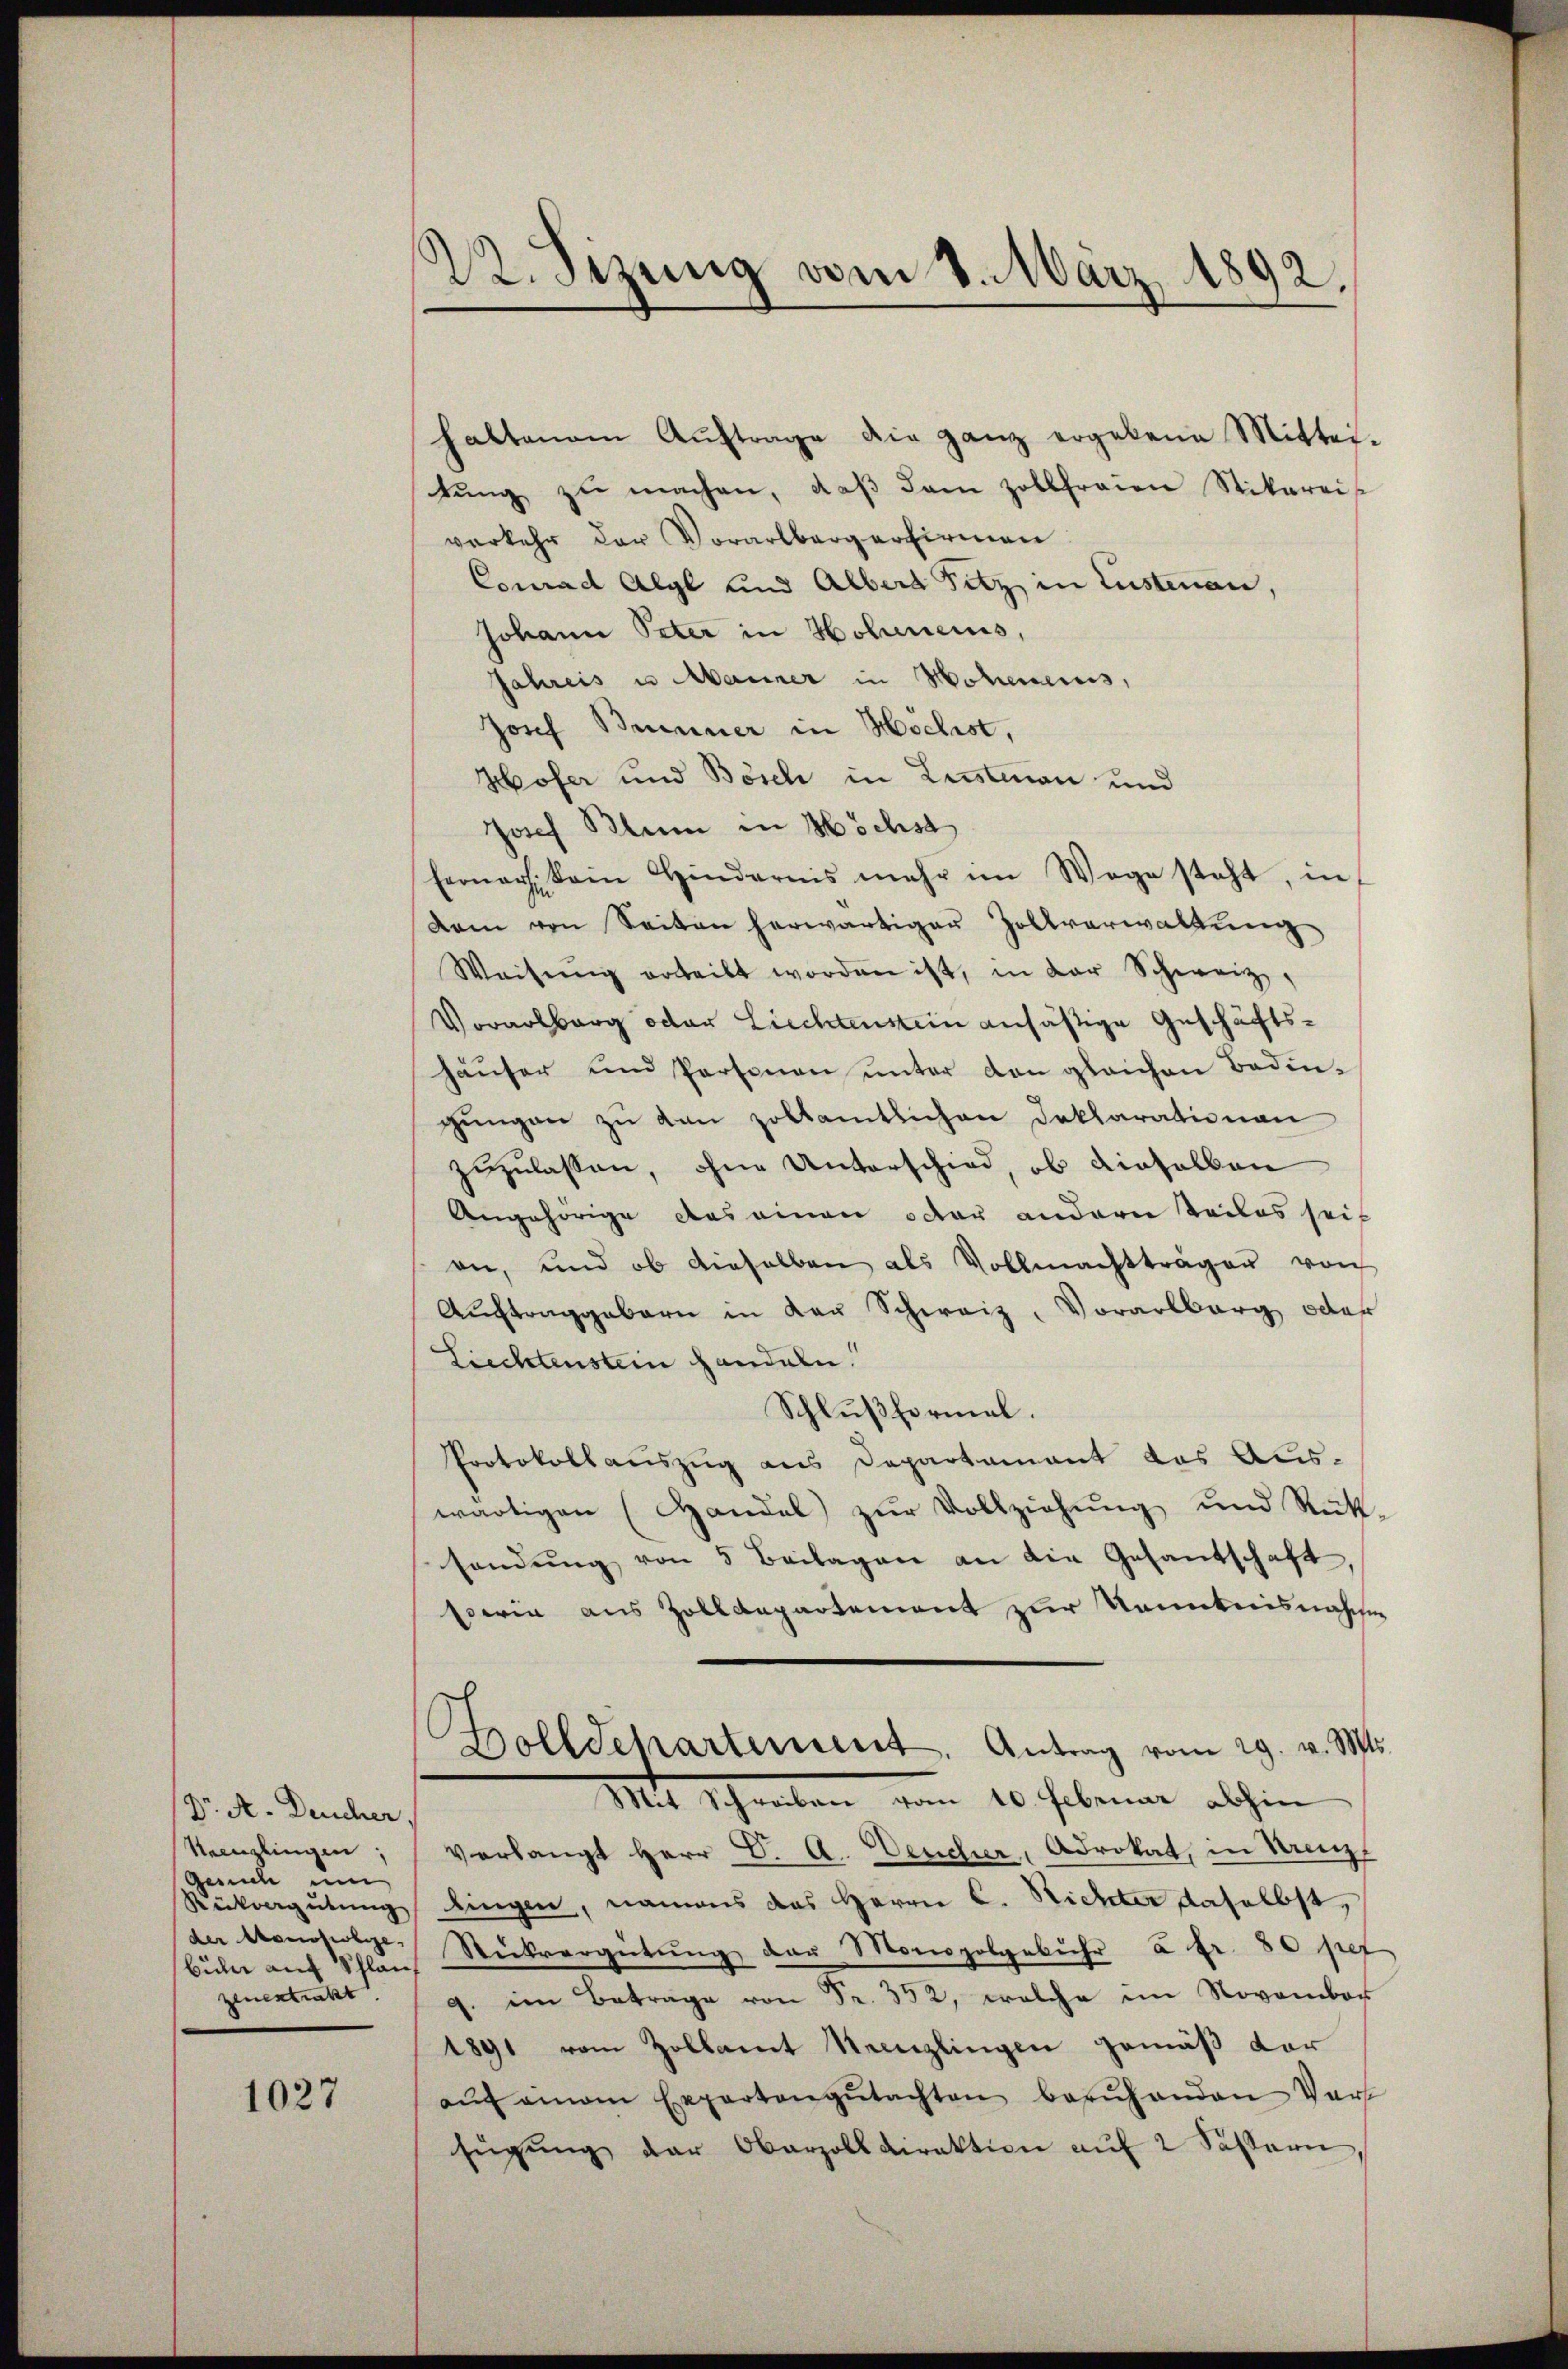
Dr. A. Deucher
Neenzlingen;
Gesuch um
Rückvergütung
der Meuchlie
zenentrakt

1027

22. Sezung vom 8. März 1892.

haltenem Auftrage die ganz ergebene Mittei-
tŭng zŭ machen, daβ dem Zollfreien Stikareis
verkehr der Vorarlbergerfirmen
Conrad Alyl und Albert Fitz, in Lustenau,
Johann Peter in Holmeis,
Jahreis u. Manner in Hohencius,
Josef Brunner in Hochst,
Hofer und Bösch in Lustian und
Josef Blum in Höchst
Eerner kein Hindernis mehr im Wege steht, in
dam von Seiten herwärtiger Zollverwaltung
Weisŭng erteilt worden ist, in der Schweiz,
Vorarlberg oder Liechtenstein ansäßige Geschäftshäuser und Personen unter den gleichen Bedingungen zu den zollamtlichen Deklarationen
zuzulassen, ohne Unterschied, ob dieselben
Angehörige das einen oder andern Teiles sei
on, und ob dieselben als Vollmachtträger von
Aŭftraggebern in Kaŭ Schweiz, Vorarlberg oder
Liechtenstein Handeln.
Schlußformal.
Protokollauszug aus Departamant das Auswärtigen (Handel zŭr Vollziehung und Rütt-
sendŭng von 5 Beilagen an die Gesandschaft,
sowie aus Zollanpartement zur Kenntnisnaschen
Dollschartement. Antrag vom 29. v. Mts.
Mit Schreiben vom 10. Februar abhin
verlangt Herr C. A. Deucher, Advokat, in Krenz
lingen, namens das Herrn C. Richter daselbst,
Bühne aŭf Schlan Rückvergütŭng der Monopolgebühr u. fr. 80 per
9. im Betrage von Fr. 352, welche im November
1891 vom Zollamt Neuzlingen gemäß vor
aŭf einem Expertengŭtachten berŭhanden Vort
fügŭng der Oberzolldirektion aŭf 2 Sößern,